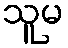
သူမ